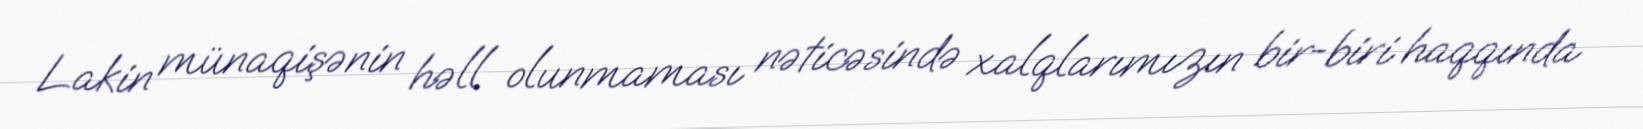
Lakin münaqişənin həll olunmaması nəticəsində xalqlarımızın bir-biri haqqında